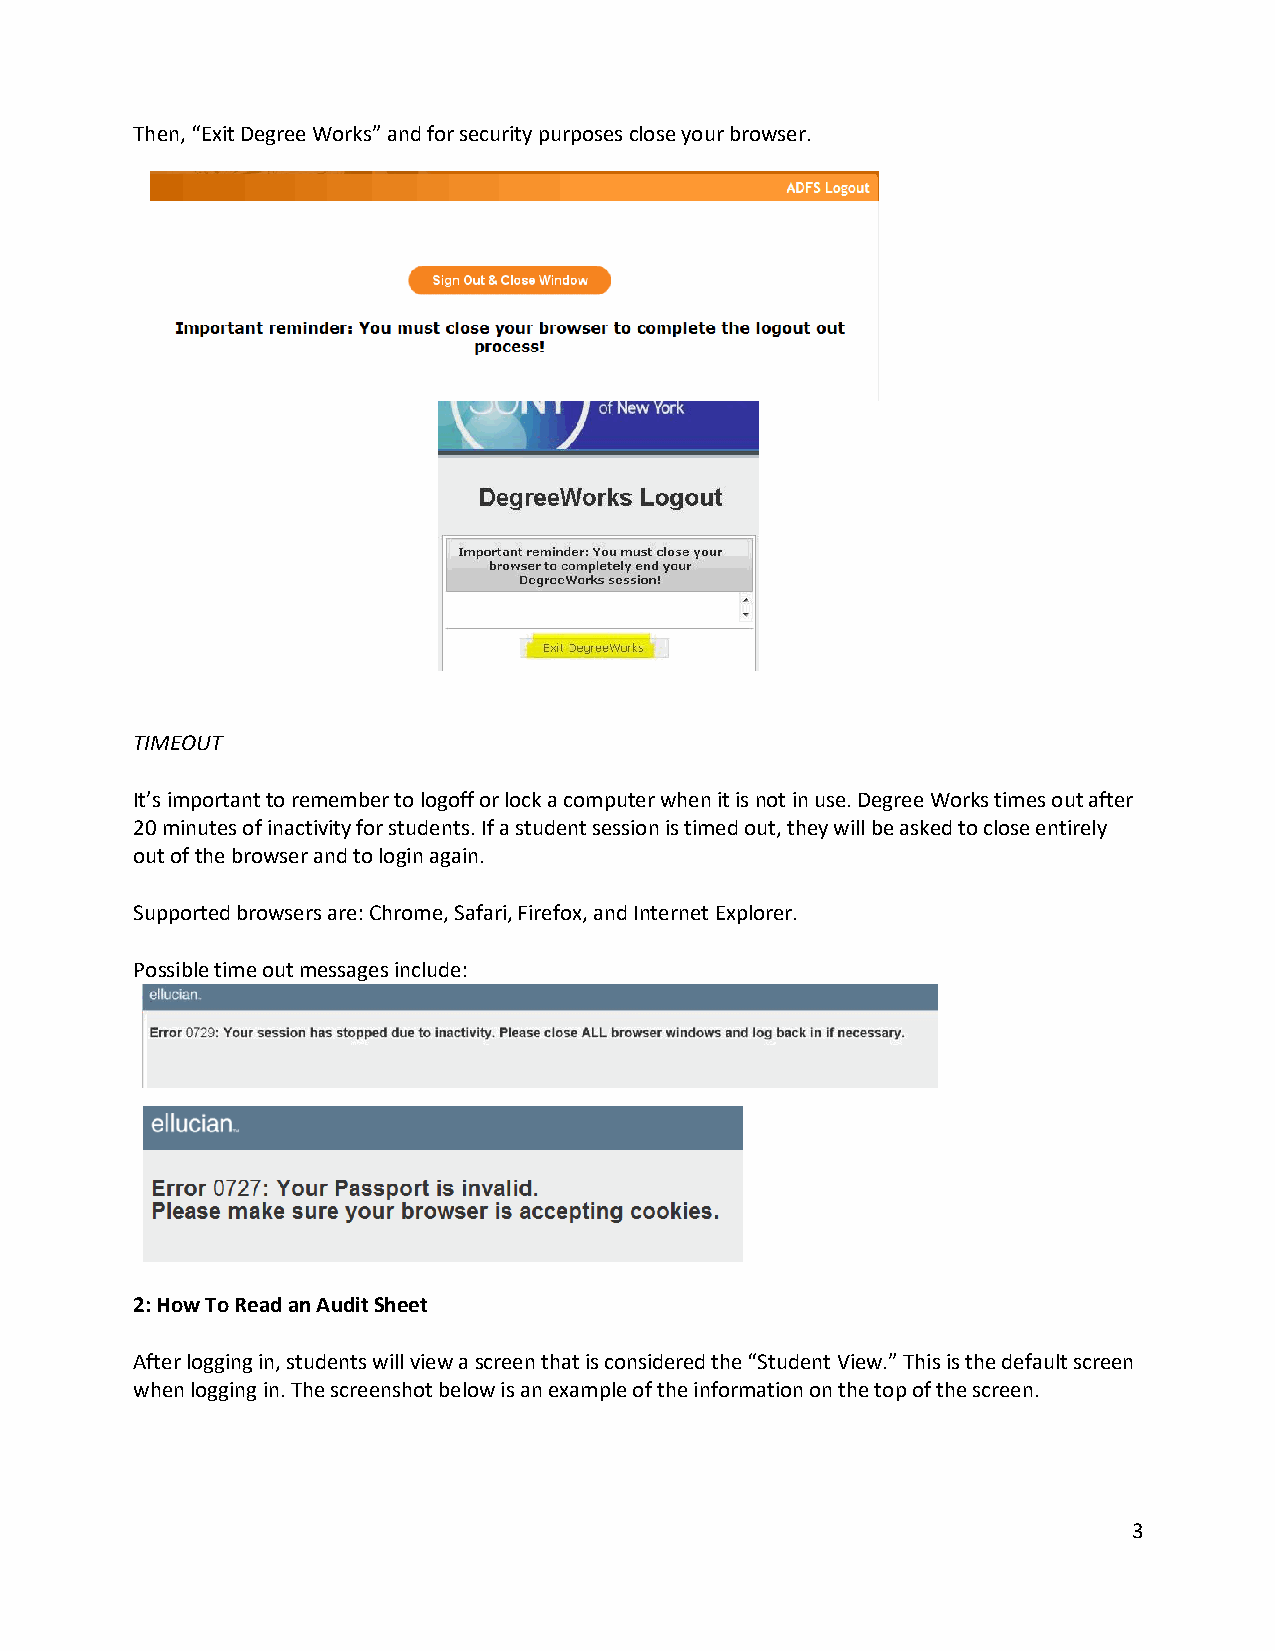
Then, “Exit Degree Works” and for security purposes close your browser.
 TIMEOUT
 It’s important to remember to logoff or lock a computer when it is not in use. Degree Works times out after
 20 minutes of inactivity for students. If a student session is timed out, they will be asked to close entirely
 out of the browser and to login again.
 Supported browsers are: Chrome, Safari, Firefox, and Internet Explorer.
 Possible time out messages include:
 2: How To Read an Audit Sheet
 After logging in, students will view a screen that is considered the “Student View.” This is the default screen
 when logging in. The screenshot below is an example of the information on the top of the screen.
 3